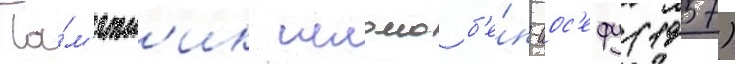
Па́м'ятн'ик шломо б'е́н-иос'ефу (1957)